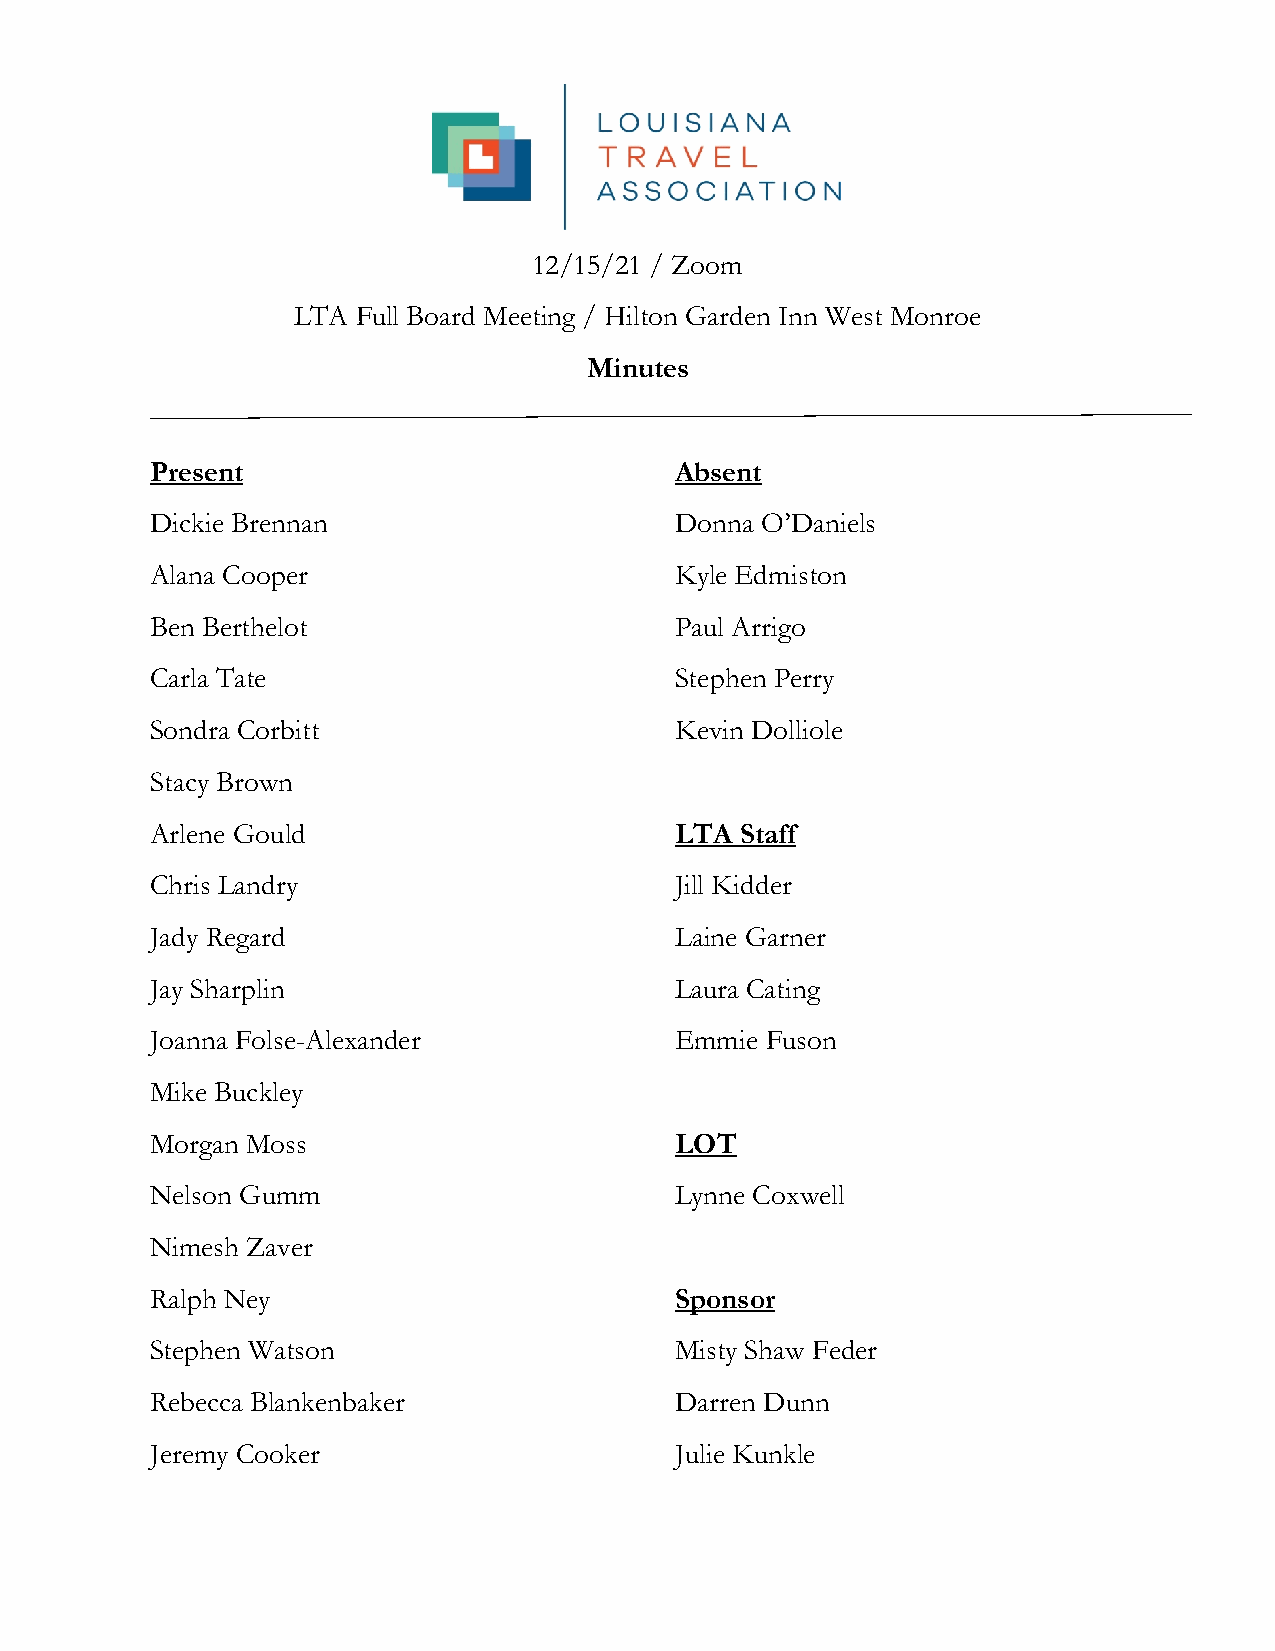
12/15/21 / Zoom
 LTA  Full Board Meeting / Hilton Garden Inn West Monroe
 Minutes
 Present                            Absent
 Dickie Brennan                     Donna O’Daniels
 Alana Cooper                       Kyle Edmiston
 Ben Berthelot                      Paul Arrigo
 Carla Tate                         Stephen Perry
 Sondra Corbitt                     Kevin Dolliole
 Stacy Brown
 Arlene Gould                       LTA Staff
 Chris Landry                       Jill Kidder
 Jady Regard                        Laine Garner
 Jay Sharplin                       Laura Cating
 Joanna Folse-Alexander             Emmie Fuson
 Mike Buckley
 Morgan Moss                        LOT
 Nelson Gumm                        Lynne Coxwell
 Nimesh Zaver
 Ralph Ney                          Sponsor
 Stephen Watson                     Misty Shaw Feder
 Rebecca Blankenbaker               Darren Dunn
 Jeremy Cooker                      Julie Kunkle